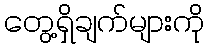
တွေ့ရှိချက်များကို